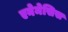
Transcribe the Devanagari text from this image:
एनेमेसिस